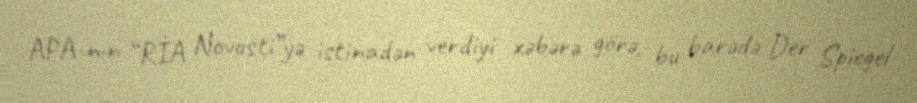
APA-nın “RİA Novosti”yə istinadən verdiyi xəbərə görə, bu barədə Der Spiegel